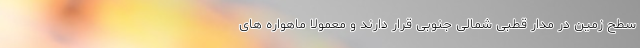
سطح زمین در مدار قطبی شمالی جنوبی قرار دارند و معمولا ماهواره های